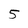
Character: 5